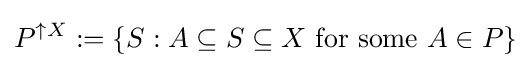
P^{\uparrow X}:=\{S:A\subseteq S\subseteq X{\text{ for some }}A\in P\}